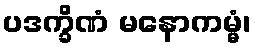
ပဒက္ခိဏံ မနောကမ္မံ၊